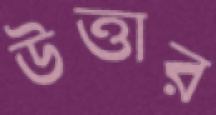
উত্তার